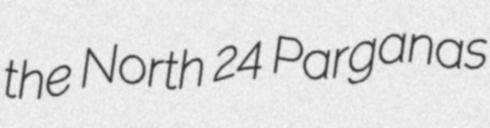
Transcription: the North 24 Parganas